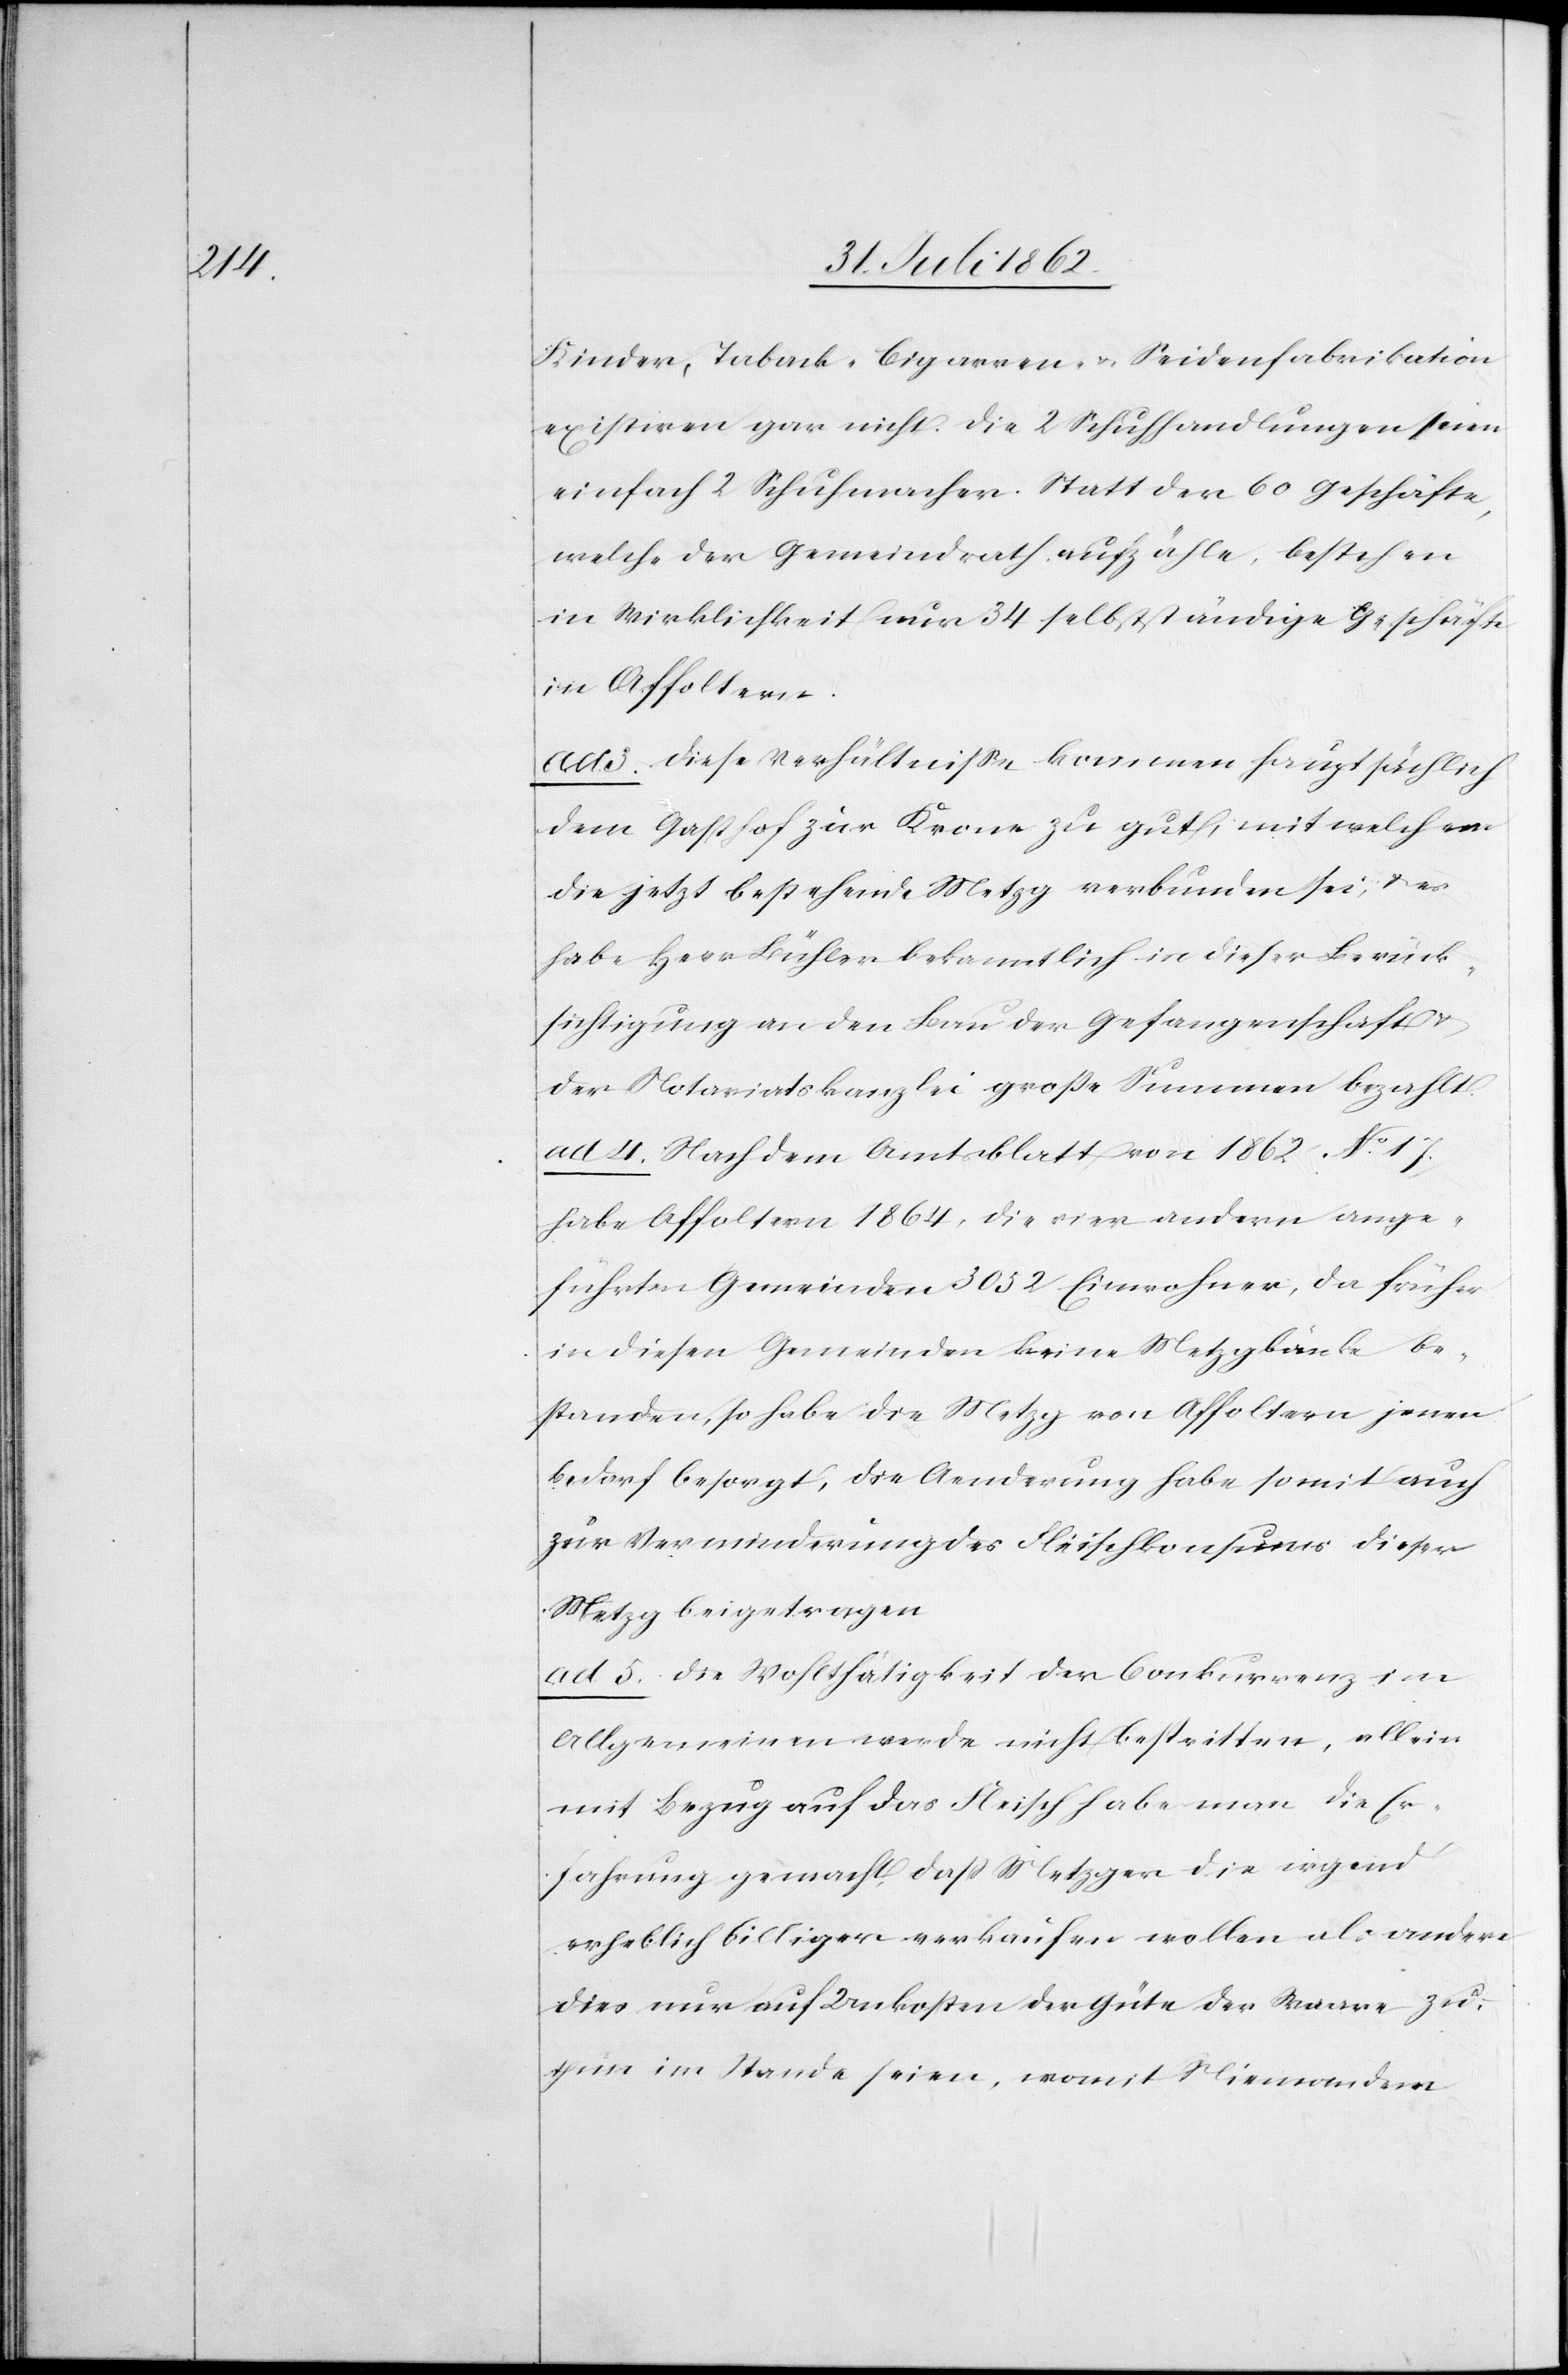
Kinder, Taback-[,] Cigarren- u. Seidenfabrikation
existiren gar nicht. Die 2 Schuhhandlungen seien
einfach 2 Schuhmacher. Statt der 60 Geschäfte,
welche der Gemeindrath aufzähle, bestehen
in Wirklichkeit nur 34 selbständige Geschäfte
in Affoltern.
ad. 3. Diese Verhältnisse kommen hauptsächlich
dem Gasthof zur Krone zu gut, mit welchem
die jetzt bestehende Metzg verbunden sei, das
habe Herr Bühler bekanntlich in dieser Berück¬
sichtigung an den Bau der Gefangenschaft u.
der Notariatskanzlei große Summen bezahlt.
ad. 4. Nach dem Amtsblatt von 1862 No 17,
habe Affoltern 1864, die vier andern ange¬
führten Gemeinden 3052 Einwohner, da früher
in diesen Gemeinden keine Metzggebäude be¬
standen, so habe die Metzg von Affoltern jenen
Bedarf besorgt, die Aenderung habe somit auch
zur Verminderung des Fleischkonsums dieser
Metzg beigetragen.
ad. 5. Die Wohlthätigkeit der Conkurrenz im
Allgemeinen werde nicht bestritten, allein
mit Bezug auf das Fleisch habe man die Er¬
fahrung gemacht, daß Metzgen die irgend
erheblich billiger verkaufen wollen als andere
dies nur auf Unkosten der Güte der Waare zu¬
thun im Stande seien, womit Niemandem